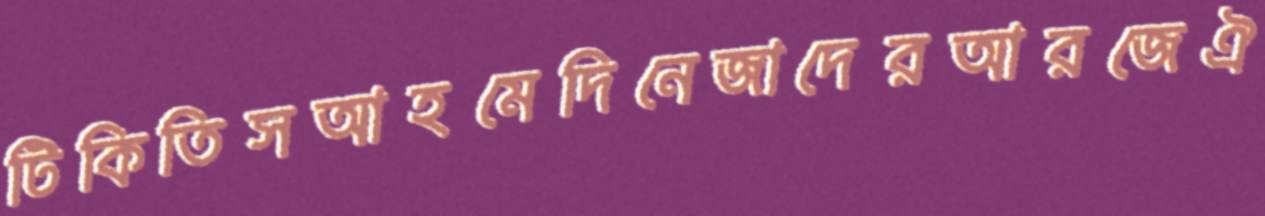
টিকিতিসআহমেদিনেজাদেরআরজেঐ